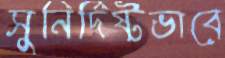
সুনির্দিষ্টভাবে